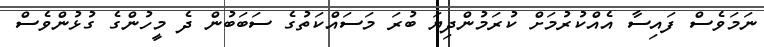
ނަމަވެސް ފައިސާ އެއްކުރުމަށް ކުރަމުންދިޔަ ބުރަ މަސައްކަތުގެ ސަބަބުން ދެ މީހުންގެ ގުޅުންވެސް